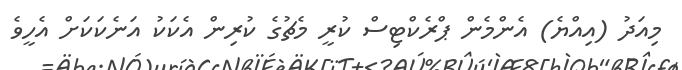
މިއަދު (އިއްޔެ) އެންމެން ޕްރެކްޓިސް ކުރީ މެޗުގެ ކުރިން އެކަކު އަނެކަކަށް އެހީވެ